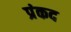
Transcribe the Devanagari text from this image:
प्रंकद